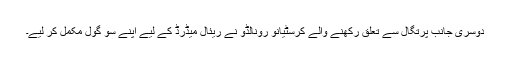
دوسری جانب پرتگال سے تعلق رکھنے والے کرسٹیانو رونالڈو نے ریئال میڈرڈ کے لیے اپنے سو گول مکمل کر لیے۔